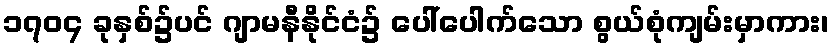
၁၇၀၄ ခုနှစ်၌ပင် ဂျာမနီနိုင်ငံ၌ ပေါ်ပေါက်သော စွယ်စုံကျမ်းမှာကား၊